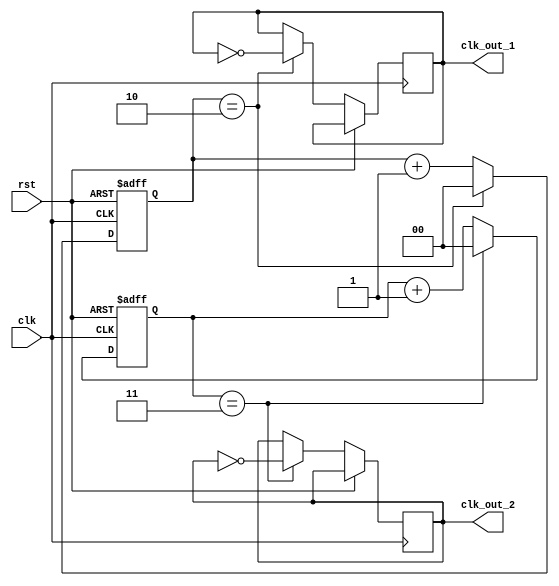
module dual_modulus_clock_divider(
    input wire clk,
    input wire rst,
    output wire clk_out_1,
    output wire clk_out_2
);

parameter MOD1 = 2;
parameter MOD2 = 3;

reg [1:0] count1, count2;

always @(posedge clk or posedge rst) begin
    if (rst) begin
        count1 <= 2'b00;
        count2 <= 2'b00;
    end else begin
        count1 <= count1 + 1;
        count2 <= count2 + 1;

        if (count1 == MOD1) begin
            count1 <= 2'b00;
            clk_out_1 <= ~clk_out_1;
        end

        if (count2 == MOD2) begin
            count2 <= 2'b00;
            clk_out_2 <= ~clk_out_2;
        end
    end
end

endmodule